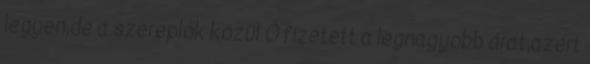
legyen,de a szereplők közül Ő fizetett a legnagyobb árat,azért